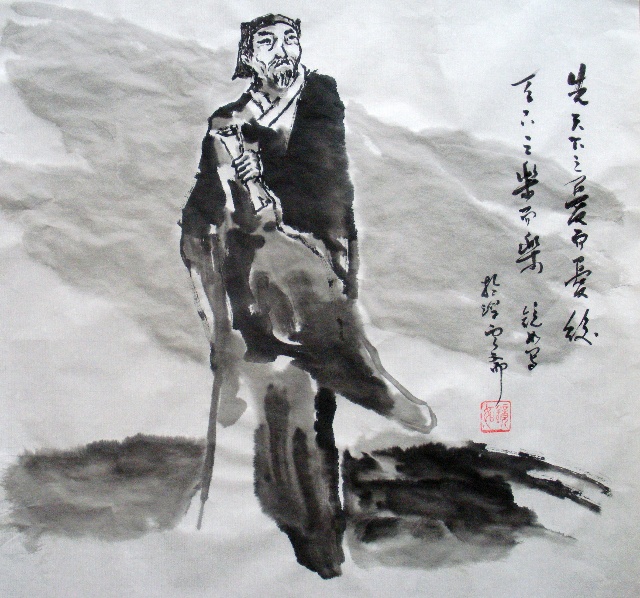
顺天意者，义政也反天意者，力政也。